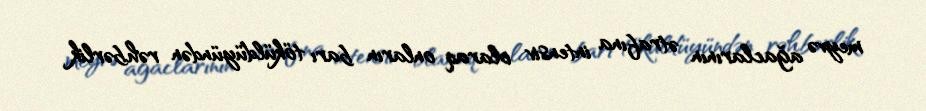
meyvə ağaclarının ətrafına intensiv olaraq onların barı töküldüyündən rəhbərlik